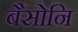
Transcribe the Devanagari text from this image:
बैसोनि